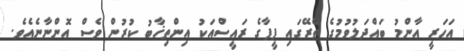
އަހަރީ އާންމު ބައްދަލުވުމުގެ ތެރޭގައި ފީފާގެ ރައީސްއަކު އިންތިޚާބު ކުރުން ވެސް އޮންނާނެއެވެ.